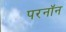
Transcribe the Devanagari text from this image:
परनॉन